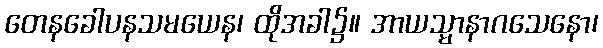
တေနခေါပနသမယေန၊ ထိုအခါ၌။ အာယသ္မာနာဂသေနော၊